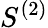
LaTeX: S^{(2)}